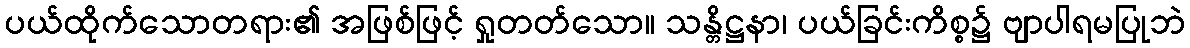
ပယ်ထိုက်သောတရား၏ အဖြစ်ဖြင့် ရှုတတ်သော။ သန္တိဋ္ဌနာ၊ ပယ်ခြင်းကိစ္စ၌ ဗျာပါရမပြုဘဲ